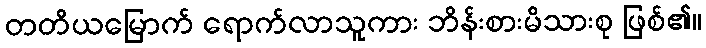
တတိယမြောက် ရောက်လာသူကား ဘိန်းစားမိသားစု ဖြစ်၏။